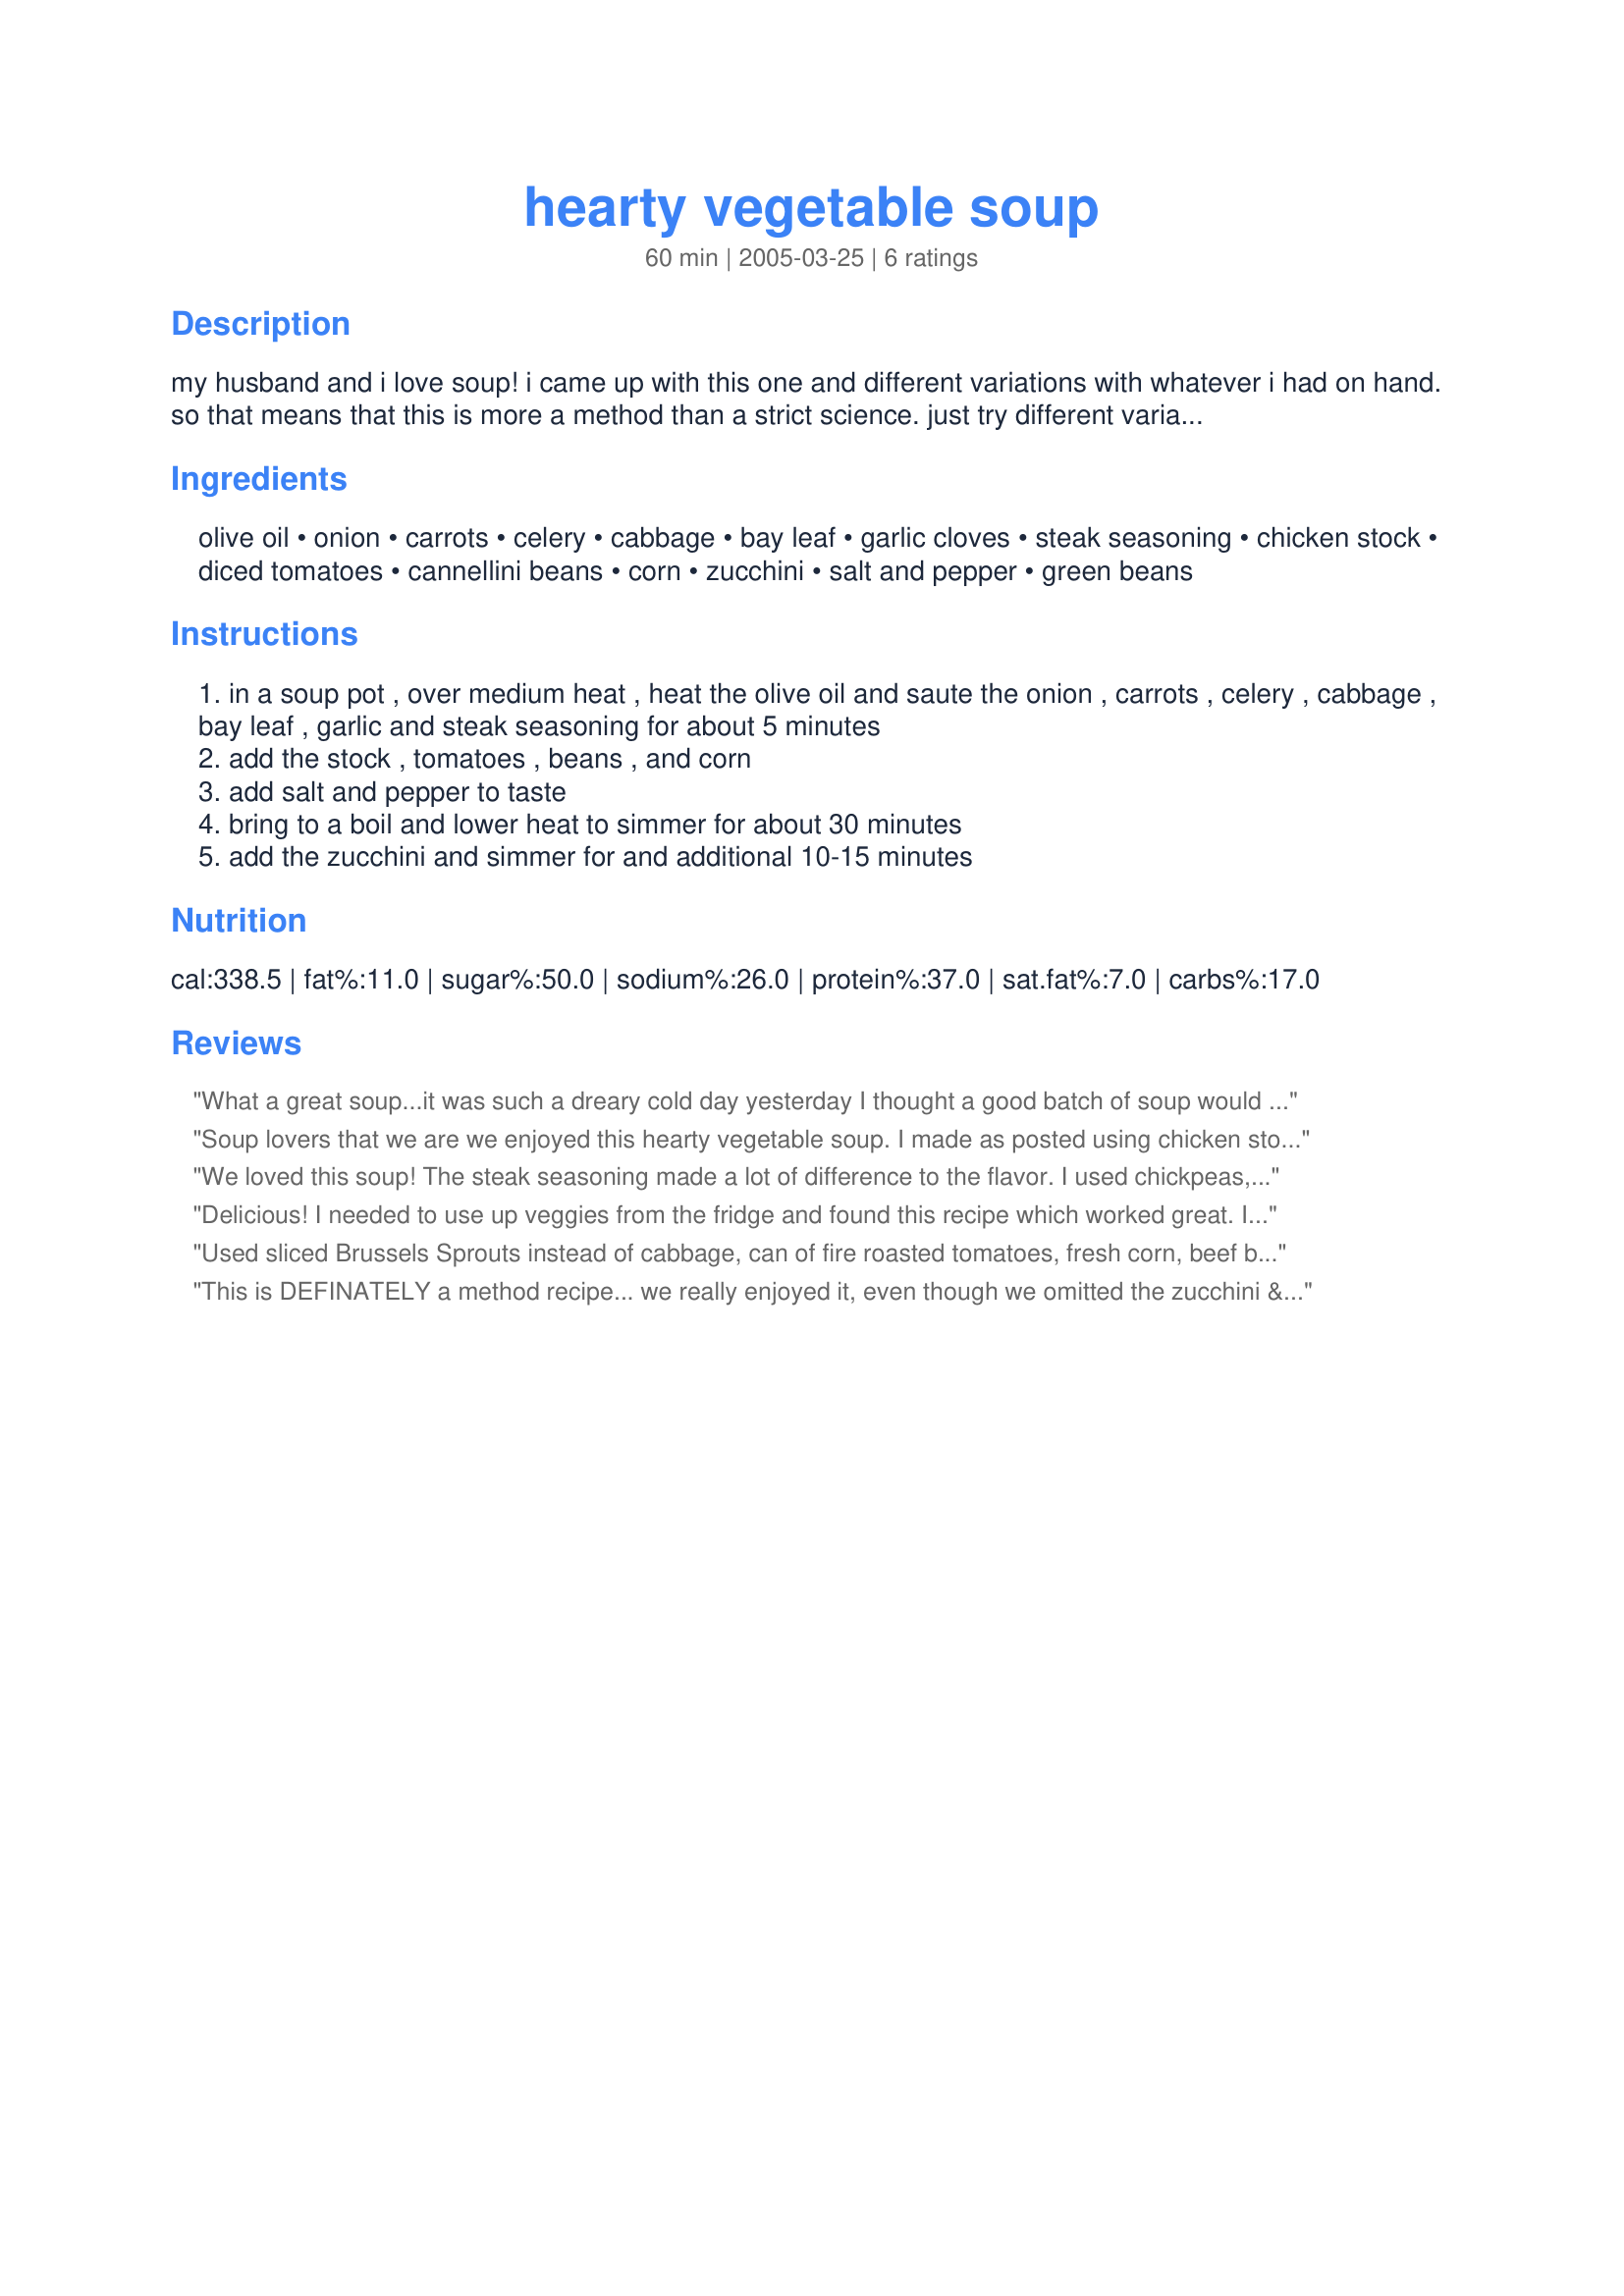
hearty vegetable soup
Preparation time: 60 minutes

my husband and i love soup! i came up with this one and different variations with whatever i had on hand. so that means that this is more a method than a strict science. just try different variations and see what you get! this goes well with hot cornbread.

Ingredients:
olive oil, onion, carrots, celery, cabbage, bay leaf, garlic cloves, steak seasoning, chicken stock, diced tomatoes, cannellini beans, corn, zucchini, salt and pepper, green beans

Steps:
in a soup pot , over medium heat , heat the olive oil and saute the onion , carrots , celery , cabbage , bay leaf , garlic and steak seasoning for about 5 minutes
add the stock , tomatoes , beans , and corn
add salt and pepper to taste
bring to a boil and lower heat to simmer for about 30 minutes
add the zucchini and simmer for and additional 10-15 minutes

Reviews:
What a great soup...it was such a dreary cold day yesterday I thought a good batch of soup would be the ticket to a nice cozy evening....The only thing I changed was I added some alphabet noodles to the soup....it was great, I am sure I will be making again.
Soup lovers that we are we enjoyed this hearty vegetable soup. I made as posted using chicken stock, to the vegetables I added a can of white navy beans and diced in some potatoes. The peppery combo steak spice I used made for just the right amount for our tastes. I am sure it would be equally good using kidney beans as well. Another great tasting recipe to add to my soup collection. Thank you Grace.
We loved this soup! The steak seasoning made a lot of difference to the flavor. I used chickpeas, corn and homemade chicken broth. I did not add zucchini, but other than those mentioned I followed the recipe. It is a healthy, rich soup and I served it with Briscoe's Irish Brown Bread. Very nice meal. Thanks, Carole in Orlando
Delicious! I needed to use up veggies from the fridge and found this recipe which worked great. I left out celery and zucchini and used broccoli. It made so much I have leftovers in the freezer. Thanks!
Used sliced Brussels Sprouts instead of cabbage, can of fire roasted tomatoes, fresh corn, beef boullion stock (omitted steak seasoning), garbanzo beans instead of kidney, a bit of red pepper flakes and added two cups of extra broth. Tip, use a mandolin or food processor for slicing the veggies to cut down on time.
This is DEFINATELY a method recipe... we really enjoyed it, even though we omitted the zucchini & added peas & potatoes. Also, I don't even know what steak seasoning is, so I just added a bit of extra italian seasoning.
